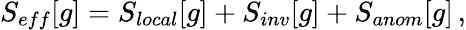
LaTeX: S_{eff}[g]=S_{local}[g]+S_{inv}[g]+S_{anom}[g]\, ,